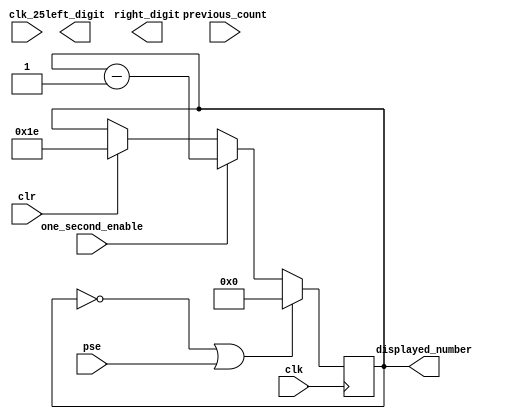
`timescale 1ns / 1ps
//////////////////////////////////////////////////////////////////////////////////
// Company: 
// Engineer: 
// 
// Design Name: 
// Module Name: wam_timerCount
// Project Name: 
// Target Devices: 
// Tool Versions: 
// Description: 
// 
// Dependencies: 
// 
// Revision:
// Revision 0.01 - File Created
// Additional Comments:
// 
//////////////////////////////////////////////////////////////////////////////////


module wam_timerCount(
    input clk,
	input clk_25, //1 Hz clock
	input previous_count,
	input clr,
	input pse,
	input one_second_enable,
	//input reset, //reset
	// NOTE POTENTIAL PAUSE INPUT AND FUNCTIONALITY
    output reg [3:0] right_digit,
    output reg [3:0] left_digit,
    
    output reg [7:0] displayed_number
);

always @ (posedge clk) begin

//    if (clr) begin
//        left_digit <= 3;
//        right_digit <= 0;
//    end else begin
//        if (right_digit == 0 && left_digit == 0) begin
//            left_digit <= left_digit;
//            right_digit <= right_digit;
//        end else if (right_digit == 0) begin
//            left_digit <= left_digit - 1;
//            right_digit <= 9;
//        end else begin
//            right_digit <= right_digit - 1;
//        end
//    end
// end 
   if (clr == 1)
        displayed_number <= 30;
   if (displayed_number == 0 || pse)
        displayed_number <= 0;
   else if (one_second_enable == 1)
        displayed_number <= displayed_number - 1;
   end
   
endmodule